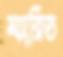
ম্যারিড